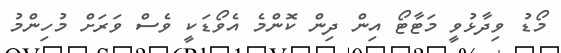
މޯޑު ވިދާޅުވީ މަޓާޓޯ އިން ދިން ކޮންމެ އެވޯޑަކީ ވެސް ވަރަށް މުހިންމު